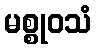
မစ္စုဝသံ